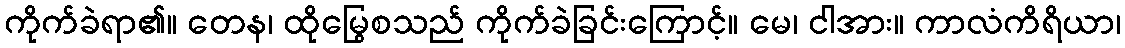
ကိုက်ခဲရာ၏။ တေန၊ ထိုမြွေစသည် ကိုက်ခဲခြင်းကြောင့်။ မေ၊ ငါအား။ ကာလံကိရိယာ၊